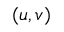
( u , v )